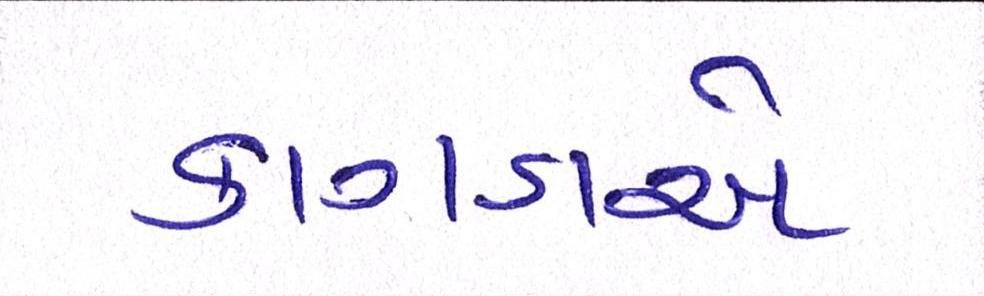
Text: કાગડાએ